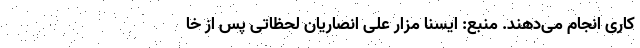
کاری انجام می‌دهند. منبع: ایسنا مزار علی انصاریان لحظاتی پس از خا